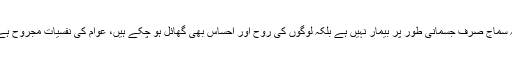
یہ سماج صرف جسمانی طور پر بیمار نہیں ہے بلکہ لوگوں کی روح اور احساس بھی گھائل ہو چکے ہیں، عوام کی نفسیات مجروح ہے۔